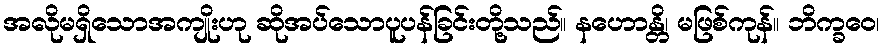
အလိုမရှိသောအကျိုးဟု ဆိုအပ်သောပူပန်ခြင်းတို့သည်။ နဟောန္တိ၊ မဖြစ်ကုန်။ ဘိက္ခဝေ၊